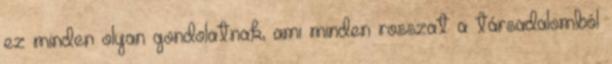
ez minden olyan gondolatnak, ami minden rosszat a társadalomból